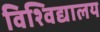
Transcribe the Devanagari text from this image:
विश्‍विद्यालय